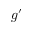
g ^ { \prime }